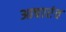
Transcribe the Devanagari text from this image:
आचारंव